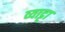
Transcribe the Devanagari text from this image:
व्याट्टा